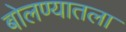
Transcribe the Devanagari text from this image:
बोलण्यातला